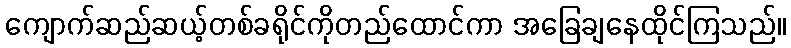
ကျောက်ဆည်ဆယ့်တစ်ခရိုင်ကိုတည်ထောင်ကာ အခြေချနေထိုင်ကြသည်။